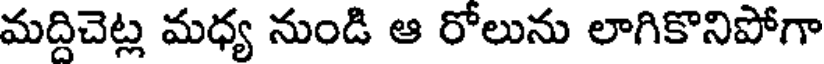
మద్దిచెట్ల మధ్య నుండి ఆ రోలును లాగికొనిపోగా